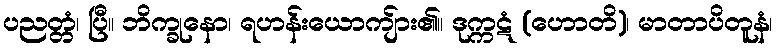
ပညတ္တံ၊ ပြီ။ ဘိက္ခုနော၊ ရဟန်းယောကျ်ား၏။ ဒုက္ကဋံ (ဟောတိ)၊ မာတာပိတူနံ၊